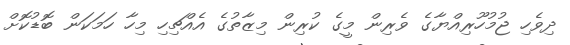
ދިވެހި ޖުމުހޫރިއްޔާގެ ވެރިން މީގެ ކުރިން މިޒާތުގެ އެއްޗިހި މިހާ ހަމަކަން ބޮޑުކޮށް